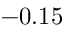
- 0 . 1 5